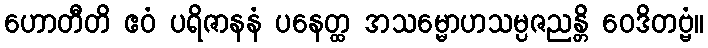
ဟောတီတိ ဧဝံ ပရိဇာနနံ ပနေတ္ထ အသမ္မောဟသမ္ပဇညန္တိ ဝေဒိတဗ္ဗံ။